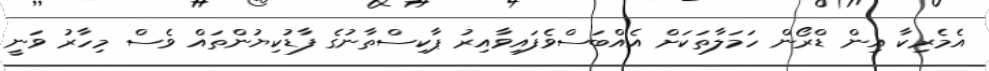
އެމެރިކާ އިން ޑްރޯން ހަމަލާތަކަށް އެއްބަސްވެފައިވާއިރު ޕާކިސްތާނުގެ ފާޑުކިޔުންތައް ވެސް މިހާރު ވަނީ